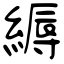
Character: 縟